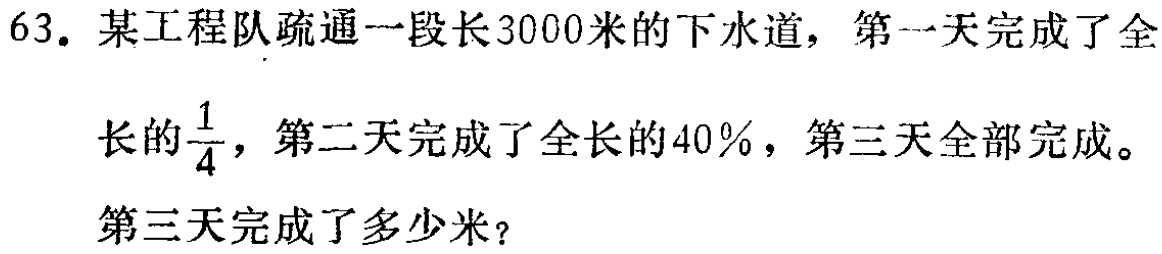
63. 某工程队疏通一段长3000米的下水道，第一天完成了全长的$\frac{1}{4}$，第二天完成了全长的40%，第三天全部完成。第三天完成了多少米？